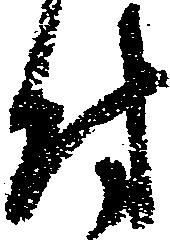
付